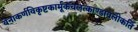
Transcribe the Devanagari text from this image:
येनाकर्णविकृष्टकार्मूकचलत्काण्डावलीकर्ति